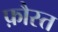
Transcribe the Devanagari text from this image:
फ़ौस्त